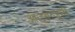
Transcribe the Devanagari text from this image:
आजूबाजू्ची